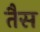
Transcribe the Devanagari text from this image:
तैस